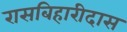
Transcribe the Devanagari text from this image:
रासबिहारीदास